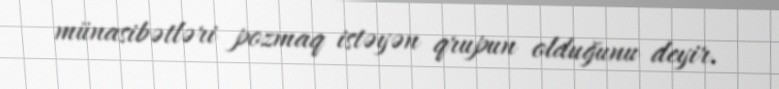
münasibətləri pozmaq istəyən qrupun olduğunu deyir.